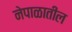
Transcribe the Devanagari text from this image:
नेपाळातील